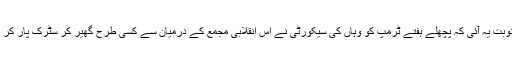
اور نوبت یہ آئی کہ پچھلے ہفتے ٹرمپ کو وہاں کی سیکورٹی نے اس انقلابی مجمع کے درمیان سے کسی طرح گھیر کر سٹرک پار کر ڈالی۔